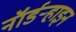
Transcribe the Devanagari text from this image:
नॉर्डर्‍हाइन